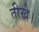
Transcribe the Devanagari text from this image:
तीखे।